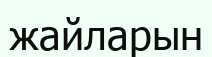
жайларын